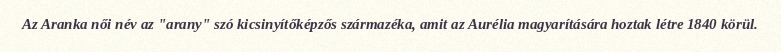
Az Aranka női név az "arany" szó kicsinyítőképzős származéka, amit az Aurélia magyarítására hoztak létre 1840 körül.